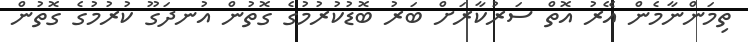
ތިމަންނާމެން އޭރު އޮތް ސަރުކާރަށް ބަރު ބޮޑުކުރުމުގެ ގޮތުން އުނދަގޫ ކުރުމުގެ ގޮތުން